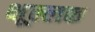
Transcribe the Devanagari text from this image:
क्षूल्लक